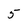
Character: 5